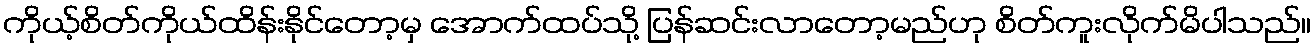
ကိုယ့်စိတ်ကိုယ်ထိန်းနိုင်တော့မှ အောက်ထပ်သို့ ပြန်ဆင်းလာတော့မည်ဟု စိတ်ကူးလိုက်မိပါသည်။